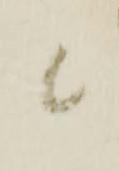
候